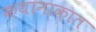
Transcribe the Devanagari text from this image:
कथानाकात